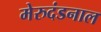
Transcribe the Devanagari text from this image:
मेरुदंडनाल